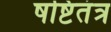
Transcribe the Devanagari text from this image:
षष्टितंत्र